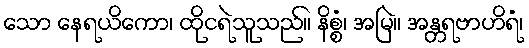
သော နေရယိကော၊ ထိုငရဲသူသည်။ နိစ္စံ၊ အမြဲ။ အန္တရဗာဟိရံ၊